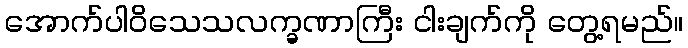
အောက်ပါဝိသေသလက္ခဏာကြီး ငါးချက်ကို တွေ့ရမည်။